Report on the working of the Ranchi Indian Mental Hospital, Kanke, in Bihar and Orissa - 1930-1940
Year: 1930
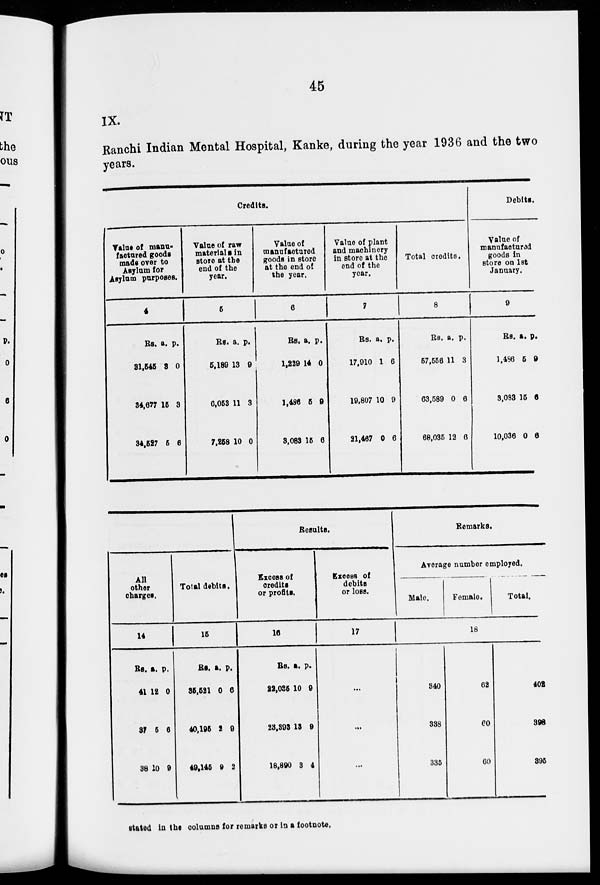
45
IX.
Ranchi Indian Mental Hospital, Kanke, during the year 1936 and the two
years.
Credits.
Value of manu-
factured goods
made over to
Asylum for
Asylum purposes.
4
Rs.
31,545
34,677
34,527
a.
3
15
5
p.
0
3
6
Value of raw
materials in
store at the
end of the
year.
5
Rs.
5,189
6,053
7,258
a.
13
11
10
p.
9
3
0
Value of
manufactured
goods in store
at the end of
the year.
6
Rs.
1,229
1,486
3,083
a.
14
5
15
p.
0
9
6
Value of plant
and machinery
in store at the
end of the
year.
7
Rs.
17,910
19,807
21,467
a.
1
10
0
p.
6
9
6
Total credits.
8
Rs.
57,556
63,589
68,035
a.
11
0
12
p.
3
6
6
Debits.
Value of
manufactured
goods in
store on 1st
January.
9
Rs.
1,496
3,083
10,036
a.
5
15
0
p.
9
6
6
All
other
charges.
14
Rs.
41
37
38
a.
12
5
10
p.
0
6
9
Total debits.
15
Rs.
35,521
40,195
49,145
a.
0
2
9
p.
6
9
2
Results.
Excess of
credits
or profits.
16
Rs.
22,035
23,393
18,890
a.
10
13
3
p.
9
9
4
Excess of
debits
or loss.
17
...
...
...
Remarks.
Average number employed.
Male.
Female.
Total.
18
340
338
335
62
60
60
402
398
395
stated in the columns for remarks or in a footnote.